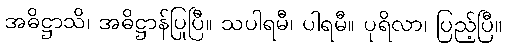
အဓိဋ္ဌာသိ၊ အဓိဋ္ဌာန်ပြုပြီ။ သပါရမီ၊ ပါရမီ။ ပုရိလာ၊ ပြည့်ပြီ။